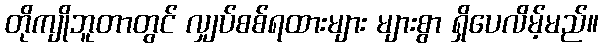
တိုကျိုဘူတာတွင် လျှပ်စစ်ရထားများ များစွာ ရှိပေလိမ့်မည်။